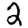
Digit: 2